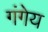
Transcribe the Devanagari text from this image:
गंगेय